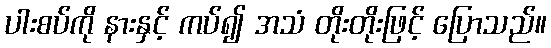
ပါးစပ်ကို နားနှင့် ကပ်၍ အသံ တိုးတိုးဖြင့် ပြောသည်။